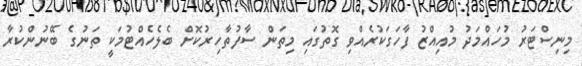
މިނިސްޓަރު މުހައްމަދު މުއިއްޒު ފާހަގަކުރެއްވި ގޮތުގައި މިތަން ސާފުތާހިރުކޮށް ބެލެހެއްޓުމަކީ ތަނުގެ ބޭނުންކުރާ